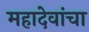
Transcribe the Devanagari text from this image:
महादेवांचा